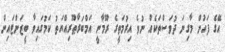
އޭގެ ފަހުން މާގިނަ ދުވަސްތަކެއް ނުވެ އިރުމަތީގެ ރޫމާނީ އަމްބަރާޠޫރިއްޔަތު ކަމުގައިވާ ބީޒަންޓައިން